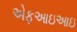
એફઆઇઆઇ